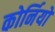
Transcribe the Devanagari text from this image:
कोर्नियों